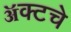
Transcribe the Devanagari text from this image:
ॲक्टचे